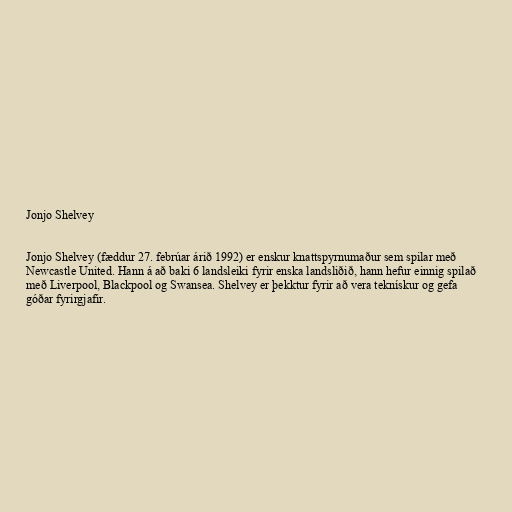
Jonjo Shelvey

Jonjo Shelvey (fæddur 27. febrúar árið 1992) er enskur knattspyrnumaður sem spilar með
Newcastle United. Hann á að baki 6 landsleiki fyrir enska landsliðið, hann hefur einnig spilað
með Liverpool, Blackpool og Swansea. Shelvey er þekktur fyrir að vera teknískur og gefa
góðar fyrirgjafir.